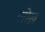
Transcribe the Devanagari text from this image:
लोख़